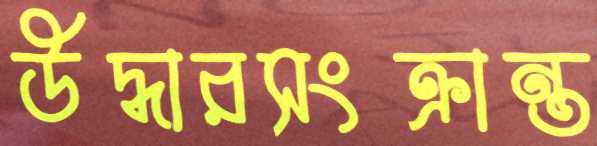
উদ্ধারসংক্রান্ত